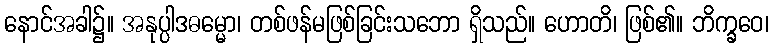
နောင်အခါ၌။ အနုပ္ပါဒဓမ္မော၊ တစ်ဖန်မဖြစ်ခြင်းသဘော ရှိသည်။ ဟောတိ၊ ဖြစ်၏။ ဘိက္ခဝေ၊